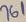
Text: 761